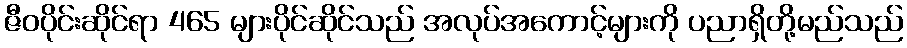
ဇီဝပိုင်းဆိုင်ရာ 465 များပိုင်ဆိုင်သည် အလုပ်အကောင့်များကို ပညာရှိတို့မည်သည်